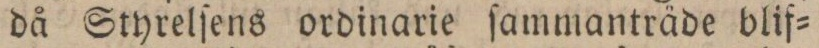
då Styrelſens ordinarie ſammanträde blif=